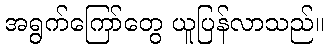
အရွက်ကြော်တွေ ယူပြန်လာသည်။